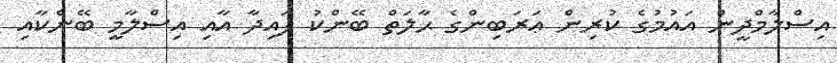
އިސްލާމްދީން އައުމުގެ ކުރިން ޢަރަބިންގެ ޙާލަތް ބޭންކު ފައިދާ އާއި އިސްލާމީ ބޭންކާއި